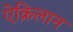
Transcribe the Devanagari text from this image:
ऐक्रिलान